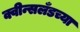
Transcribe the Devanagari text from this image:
क्वीन्सलँडच्या